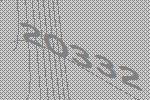
20332